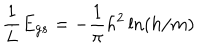
LaTeX: { \frac { 1 } { L } } E _ { g s } = - { \frac { 1 } { \pi } } h ^ { 2 } \ln ( h / m )